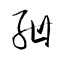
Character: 紺